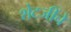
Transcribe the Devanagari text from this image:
शेटजींचे